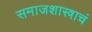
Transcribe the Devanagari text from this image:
समाजशास्त्राचं